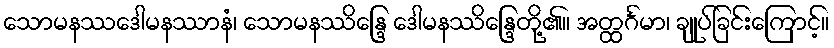
သောမနဿဒေါမနဿာနံ၊ သောမနဿိန္ဒြေ ဒေါမနဿိန္ဒြေတို့၏။ အတ္ထင်္ဂမာ၊ ချုပ်ခြင်းကြောင့်။